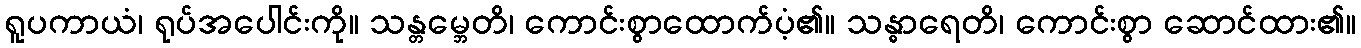
ရူပကာယံ၊ ရုပ်အပေါင်းကို။ သန္တမ္ဘေတိ၊ ကောင်းစွာထောက်ပံ့၏။ သန္ဓာရေတိ၊ ကောင်းစွာ ဆောင်ထား၏။